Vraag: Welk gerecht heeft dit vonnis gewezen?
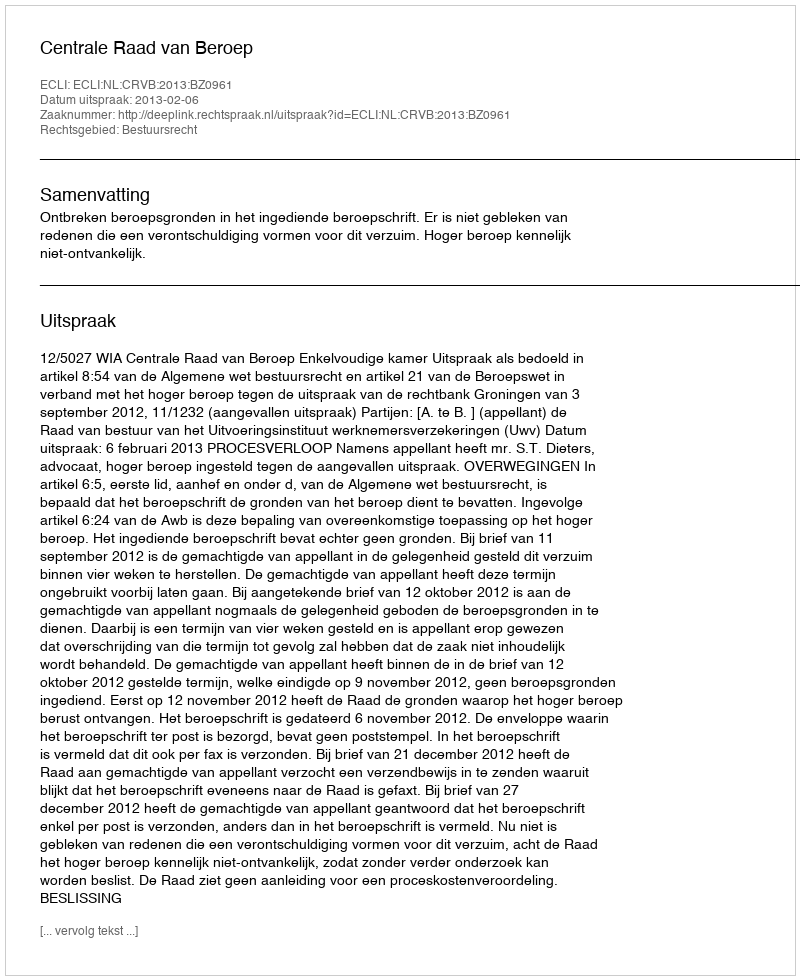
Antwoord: Centrale Raad van Beroep